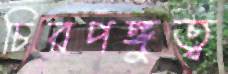
চিরপঙ্গুত্ব